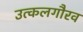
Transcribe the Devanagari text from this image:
उत्कलगौरव